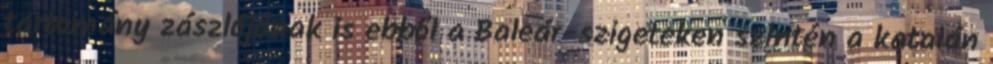
tartomány zászlójának is ebből a Baleár-szigeteken szintén a katalán